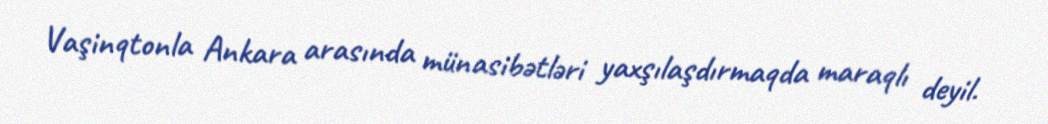
Vaşinqtonla Ankara arasında münasibətləri yaxşılaşdırmaqda maraqlı deyil.